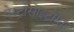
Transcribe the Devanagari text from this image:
ऐस्ट्रोसाइटोमा